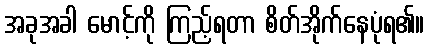
အခုအခါ မောင့်ကို ကြည့်ရတာ စိတ်အိုက်နေပုံရ၏။